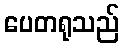
ပေတရုသည်